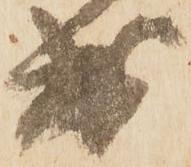
出